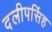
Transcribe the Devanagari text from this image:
दलीपसिंह